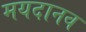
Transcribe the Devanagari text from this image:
मयदानव